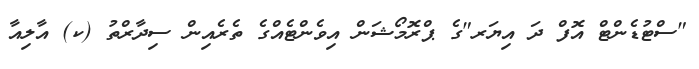
"ސްޓުޑެންޓް އޮފް ދަ އިޔަރ"ގެ ޕްރޮމޯޝަން އިވެންޓެއްގެ ތެރެއިން ސިދާރްތު (ކ) އާލިއާ